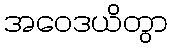
အဝေဒယိတွာ